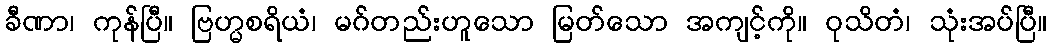
ခီဏာ၊ ကုန်ပြီ။ ဗြဟ္မစရိယံ၊ မဂ်တည်းဟူသော မြတ်သော အကျင့်ကို။ ဝုသိတံ၊ သုံးအပ်ပြီ။